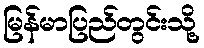
မြန်မာပြည်တွင်းသို့